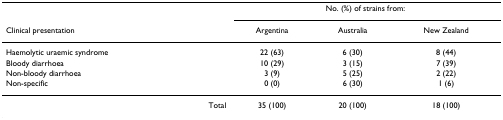
<table><thead><tr><td></td><td colspan="3"><b>No. (%) of strains from:</b></td></tr><tr><td><b>Clinical presentation</b></td><td><b>Argentina</b></td><td><b>Australia</b></td><td><b>New Zealand</b></td></tr></thead><tbody><tr><td>Haemolytic uraemic syndrome</td><td>22 (63)</td><td>6 (30)</td><td>8 (44)</td></tr><tr><td>Bloody diarrhoea</td><td>10 (29)</td><td>3 (15)</td><td>7 (39)</td></tr><tr><td>Non-bloody diarrhoea</td><td>3 (9)</td><td>5 (25)</td><td>2 (22)</td></tr><tr><td>Non-specific</td><td>0 (0)</td><td>6 (30)</td><td>1 (6)</td></tr><tr><td>Total</td><td>35 (100)</td><td>20 (100)</td><td>18 (100)</td></tr></tbody></table>